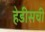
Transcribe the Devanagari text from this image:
हेडीसची